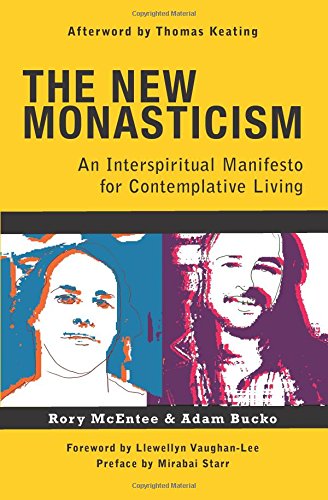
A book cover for The New Monasticism: An Interspiritual Manifesto for Contemplative Living; Adam Bucko; Christian Books & Bibles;